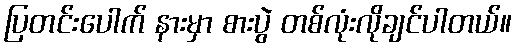
ပြတင်းပေါက် နားမှာ စားပွဲ တစ်လုံးလိုချင်ပါတယ်။